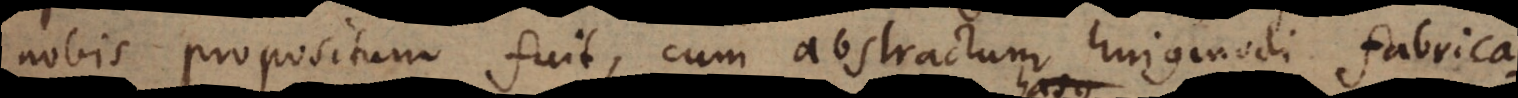
nobis propositum fuit, cum abstractum hujusmodi fabrica